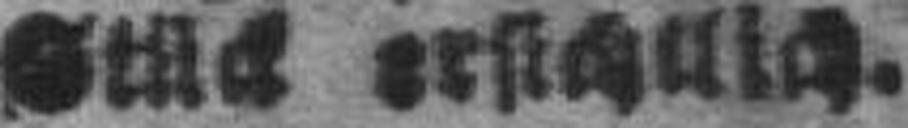
Stück ersichtlich.